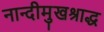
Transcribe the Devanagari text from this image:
नान्दीमुखश्राद्ध